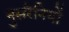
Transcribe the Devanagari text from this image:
नुसरैनियों